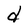
Character: d